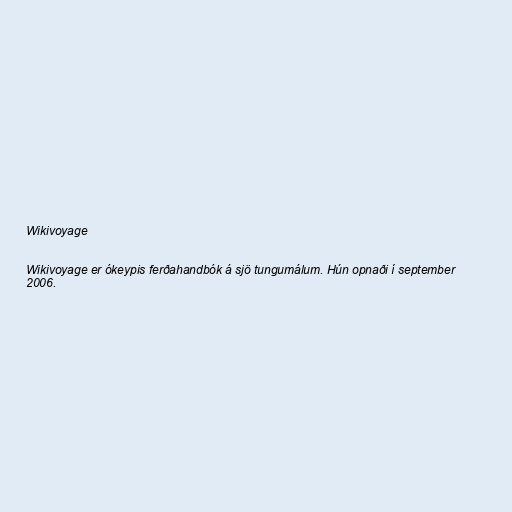
Wikivoyage

Wikivoyage er ókeypis ferðahandbók á sjö tungumálum. Hún opnaði í september
2006.